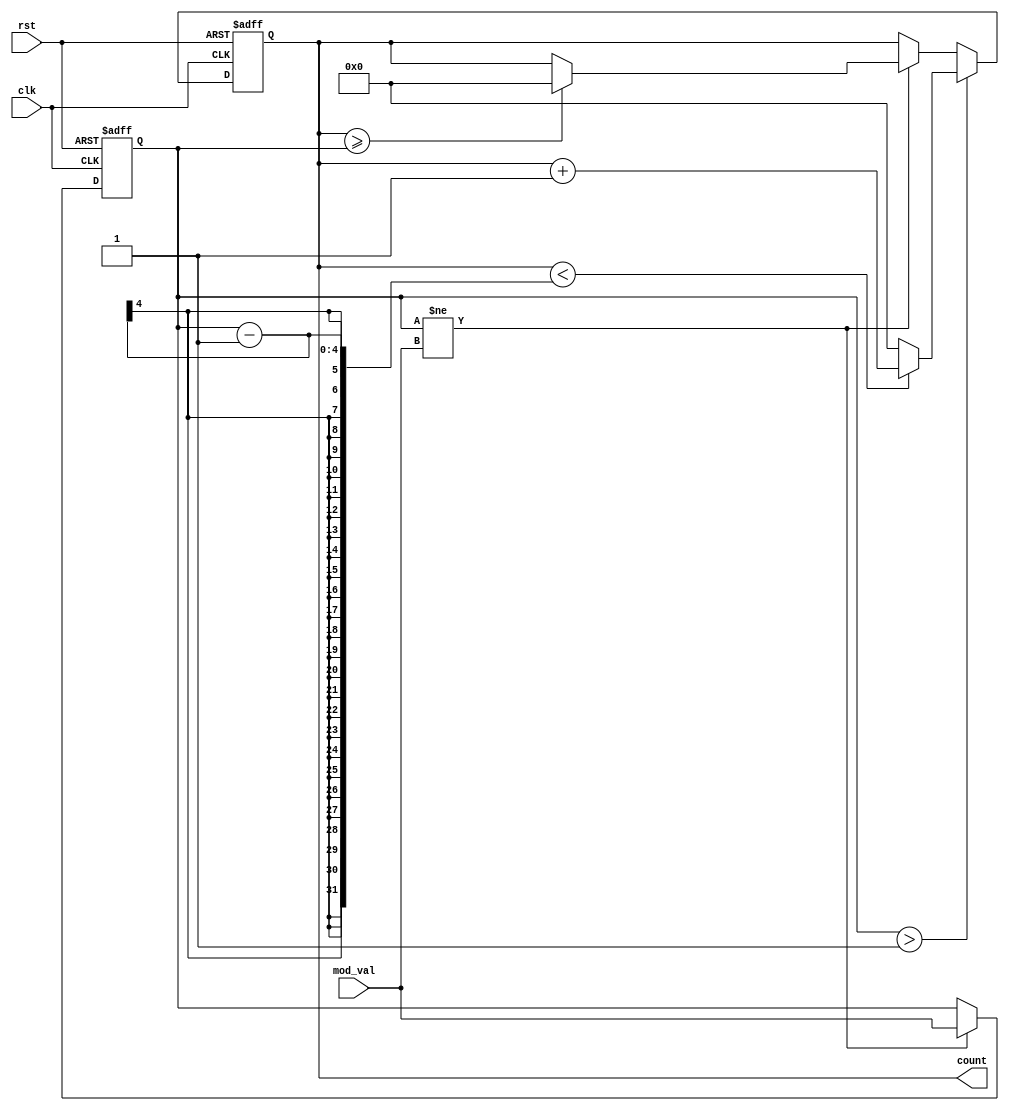
module modulus_counter (
    input wire clk,              // Clock signal
    input wire rst,              // Asynchronous reset signal
    input wire [3:0] mod_val,    // Programmable modulus value (4 bits for max value of 15)
    output reg [3:0] count       // Current count value (4 bits)
);

    // Internal signal to hold the current modulus value
    reg [3:0] current_mod_val;

    always @(posedge clk or posedge rst) begin
        if (rst) begin
            // Reset the counter and current modulus value
            count <= 4'b0000;
            current_mod_val <= 4'b0000;
        end else begin
            // Update current modulus value if it changes
            if (current_mod_val != mod_val) begin
                current_mod_val <= mod_val;
                // If the new modulus value is less than the current count, reset count
                if (count >= current_mod_val) begin
                    count <= 4'b0000;
                end
            end
            
            // Increment the count if modulus value is greater than 1
            if (current_mod_val > 1) begin
                if (count < current_mod_val - 1) begin
                    count <= count + 1;
                end else begin
                    count <= 4'b0000; // Wrap around
                end
            end
        end
    end

endmodule